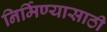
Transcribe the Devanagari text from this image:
निर्मिण्यासाठी